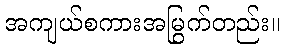
အကျယ်စကားအမြွက်တည်း။